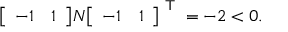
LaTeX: { \left[ \begin{array} { l l } { - 1 } & { 1 } \end{array} \right] } N { \left[ \begin{array} { l l } { - 1 } & { 1 } \end{array} \right] } ^ { \textsf { T } } = - 2 < 0 .